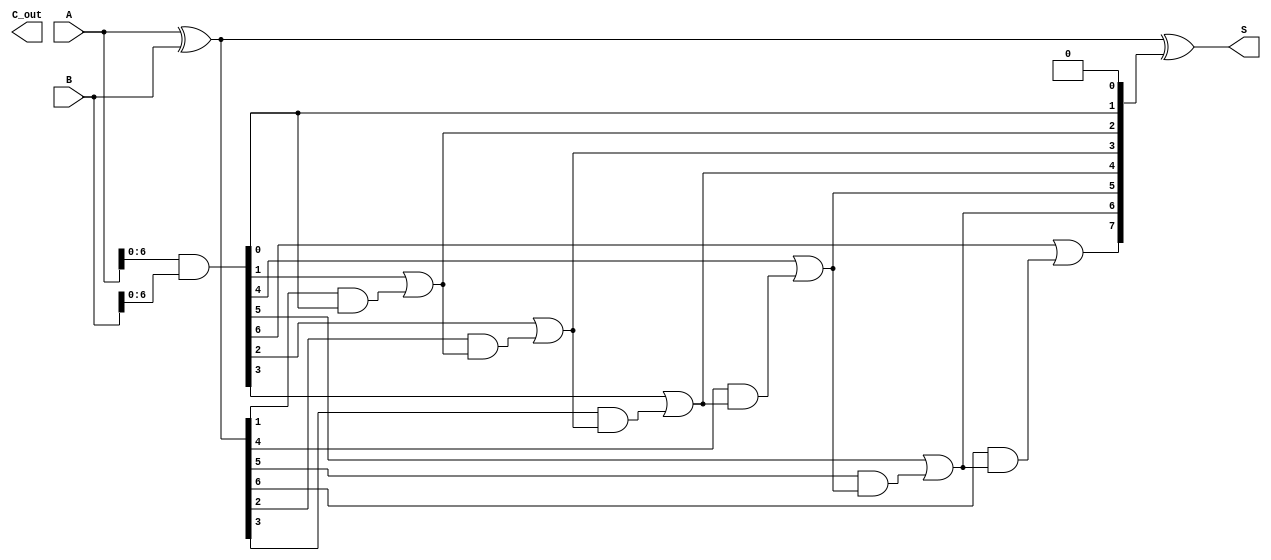
module brent_kung_adder #(parameter n = 8) (
    input  [n-1:0] A,
    input  [n-1:0] B,
    output [n-1:0] S,
    output         C_out
);

    // Propagate and Generate signals
    wire [n-1:0] P;
    wire [n-1:0] G;
    wire [n:0] C; // C will have n+1 bits, C[0] is unused
    assign C[0] = 1'b0; // There is no carry in
    
    assign P = A ^ B; // Propagate
    assign G = A & B; // Generate

    // Stage 1: Compute initial carry bits
    genvar i;
    // C[1] = G[0]
    assign C[1] = G[0];
    // C[2] = G[1] + (P[1]  G[0])
    assign C[2] = G[1] | (P[1] & G[0]);
    // Loop for Stage 1
    generate
        for(i = 2; i < n; i = i + 1) begin: stage1
            assign C[i+1] = G[i] | (P[i] & C[i]);
        end
    endgenerate

    // Stage 2: Compute carry bits with tree structure
    wire [n-1:0] C_temp;
    assign C_temp[0] = C[0]; // Unused
    assign C_temp[1] = C[1]; // Not modified
    assign C_temp[2] = C[2]; // Not modified
    
    generate
        for(i = 2; i < n; i = i + 1) begin: carry_tree
            if (i % 2 == 0) begin
                assign C_temp[i+1] = C[i+1]; // Carry remains
            end else begin
                assign C_temp[i+1] = C_temp[i] | (P[i] & C_temp[i-1]); // Combine results
            end
        end
    endgenerate

    assign C[n] = C_temp[n]; // Final carry out

    // Final Sum Calculation
    assign S = P ^ {C[n-1:0]}; // S[i] = P[i] ^ C[i]

    // Carry out
    assign C_out = C[n];

endmodule